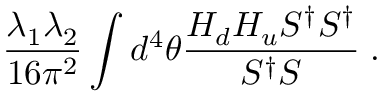
{ \frac { \lambda _ { 1 } \lambda _ { 2 } } { 1 6 \pi ^ { 2 } } } \int d ^ { 4 } \theta { \frac { H _ { d } H _ { u } S ^ { \dagger } S ^ { \dagger } } { S ^ { \dagger } S } } \; .